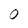
Character: 0